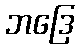
ဘဒြေ